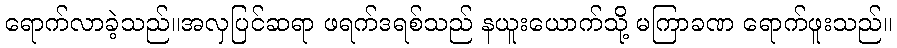
ရောက်လာခဲ့သည်။အလှပြင်ဆရာ ဖရက်ဒရစ်သည် နယူးယောက်သို့ မကြာခဏ ရောက်ဖူးသည်။